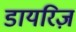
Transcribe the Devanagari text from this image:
डायरिज़